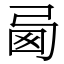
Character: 㢴